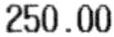
250.00